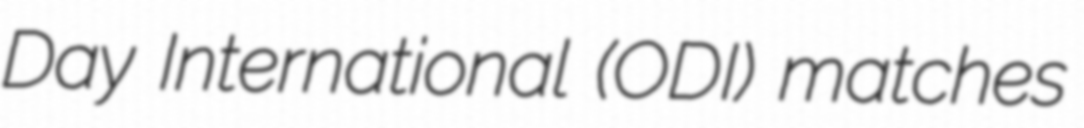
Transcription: Day International (ODI) matches